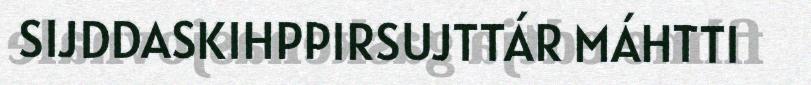
SIJDDASKIHPPIRSUJTTÁR MÁHTTI